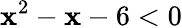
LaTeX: \mathbf{x}^{2}-\mathbf{x}-6<0